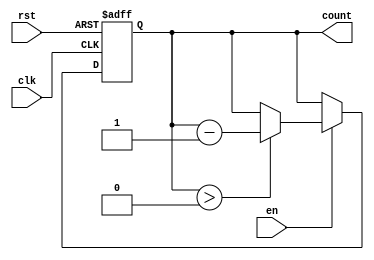
module decremental_counter #(
    parameter MAX_COUNT = 15, // Max count value (can be adjusted)
    parameter WIDTH = $clog2(MAX_COUNT + 1) // Bit width based on max count
)(
    input wire clk,            // Clock signal
    input wire rst,            // Reset signal (active high)
    input wire en,             // Enable signal (active high)
    output reg [WIDTH-1:0] count // Current count value
);

// Asynchronous reset and decrement logic
always @(posedge clk or posedge rst) begin
    if (rst) begin
        count <= MAX_COUNT; // Reset to maximum count value
    end else if (en) begin
        if (count > 0) begin
            count <= count - 1; // Decrement the counter
        end
        // If count is 0, it holds the value (no underflow)
    end
end

endmodule